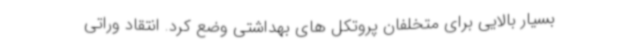
بسیار بالایی برای متخلفان پروتکل های بهداشتی وضع کرد. انتقاد وراتی